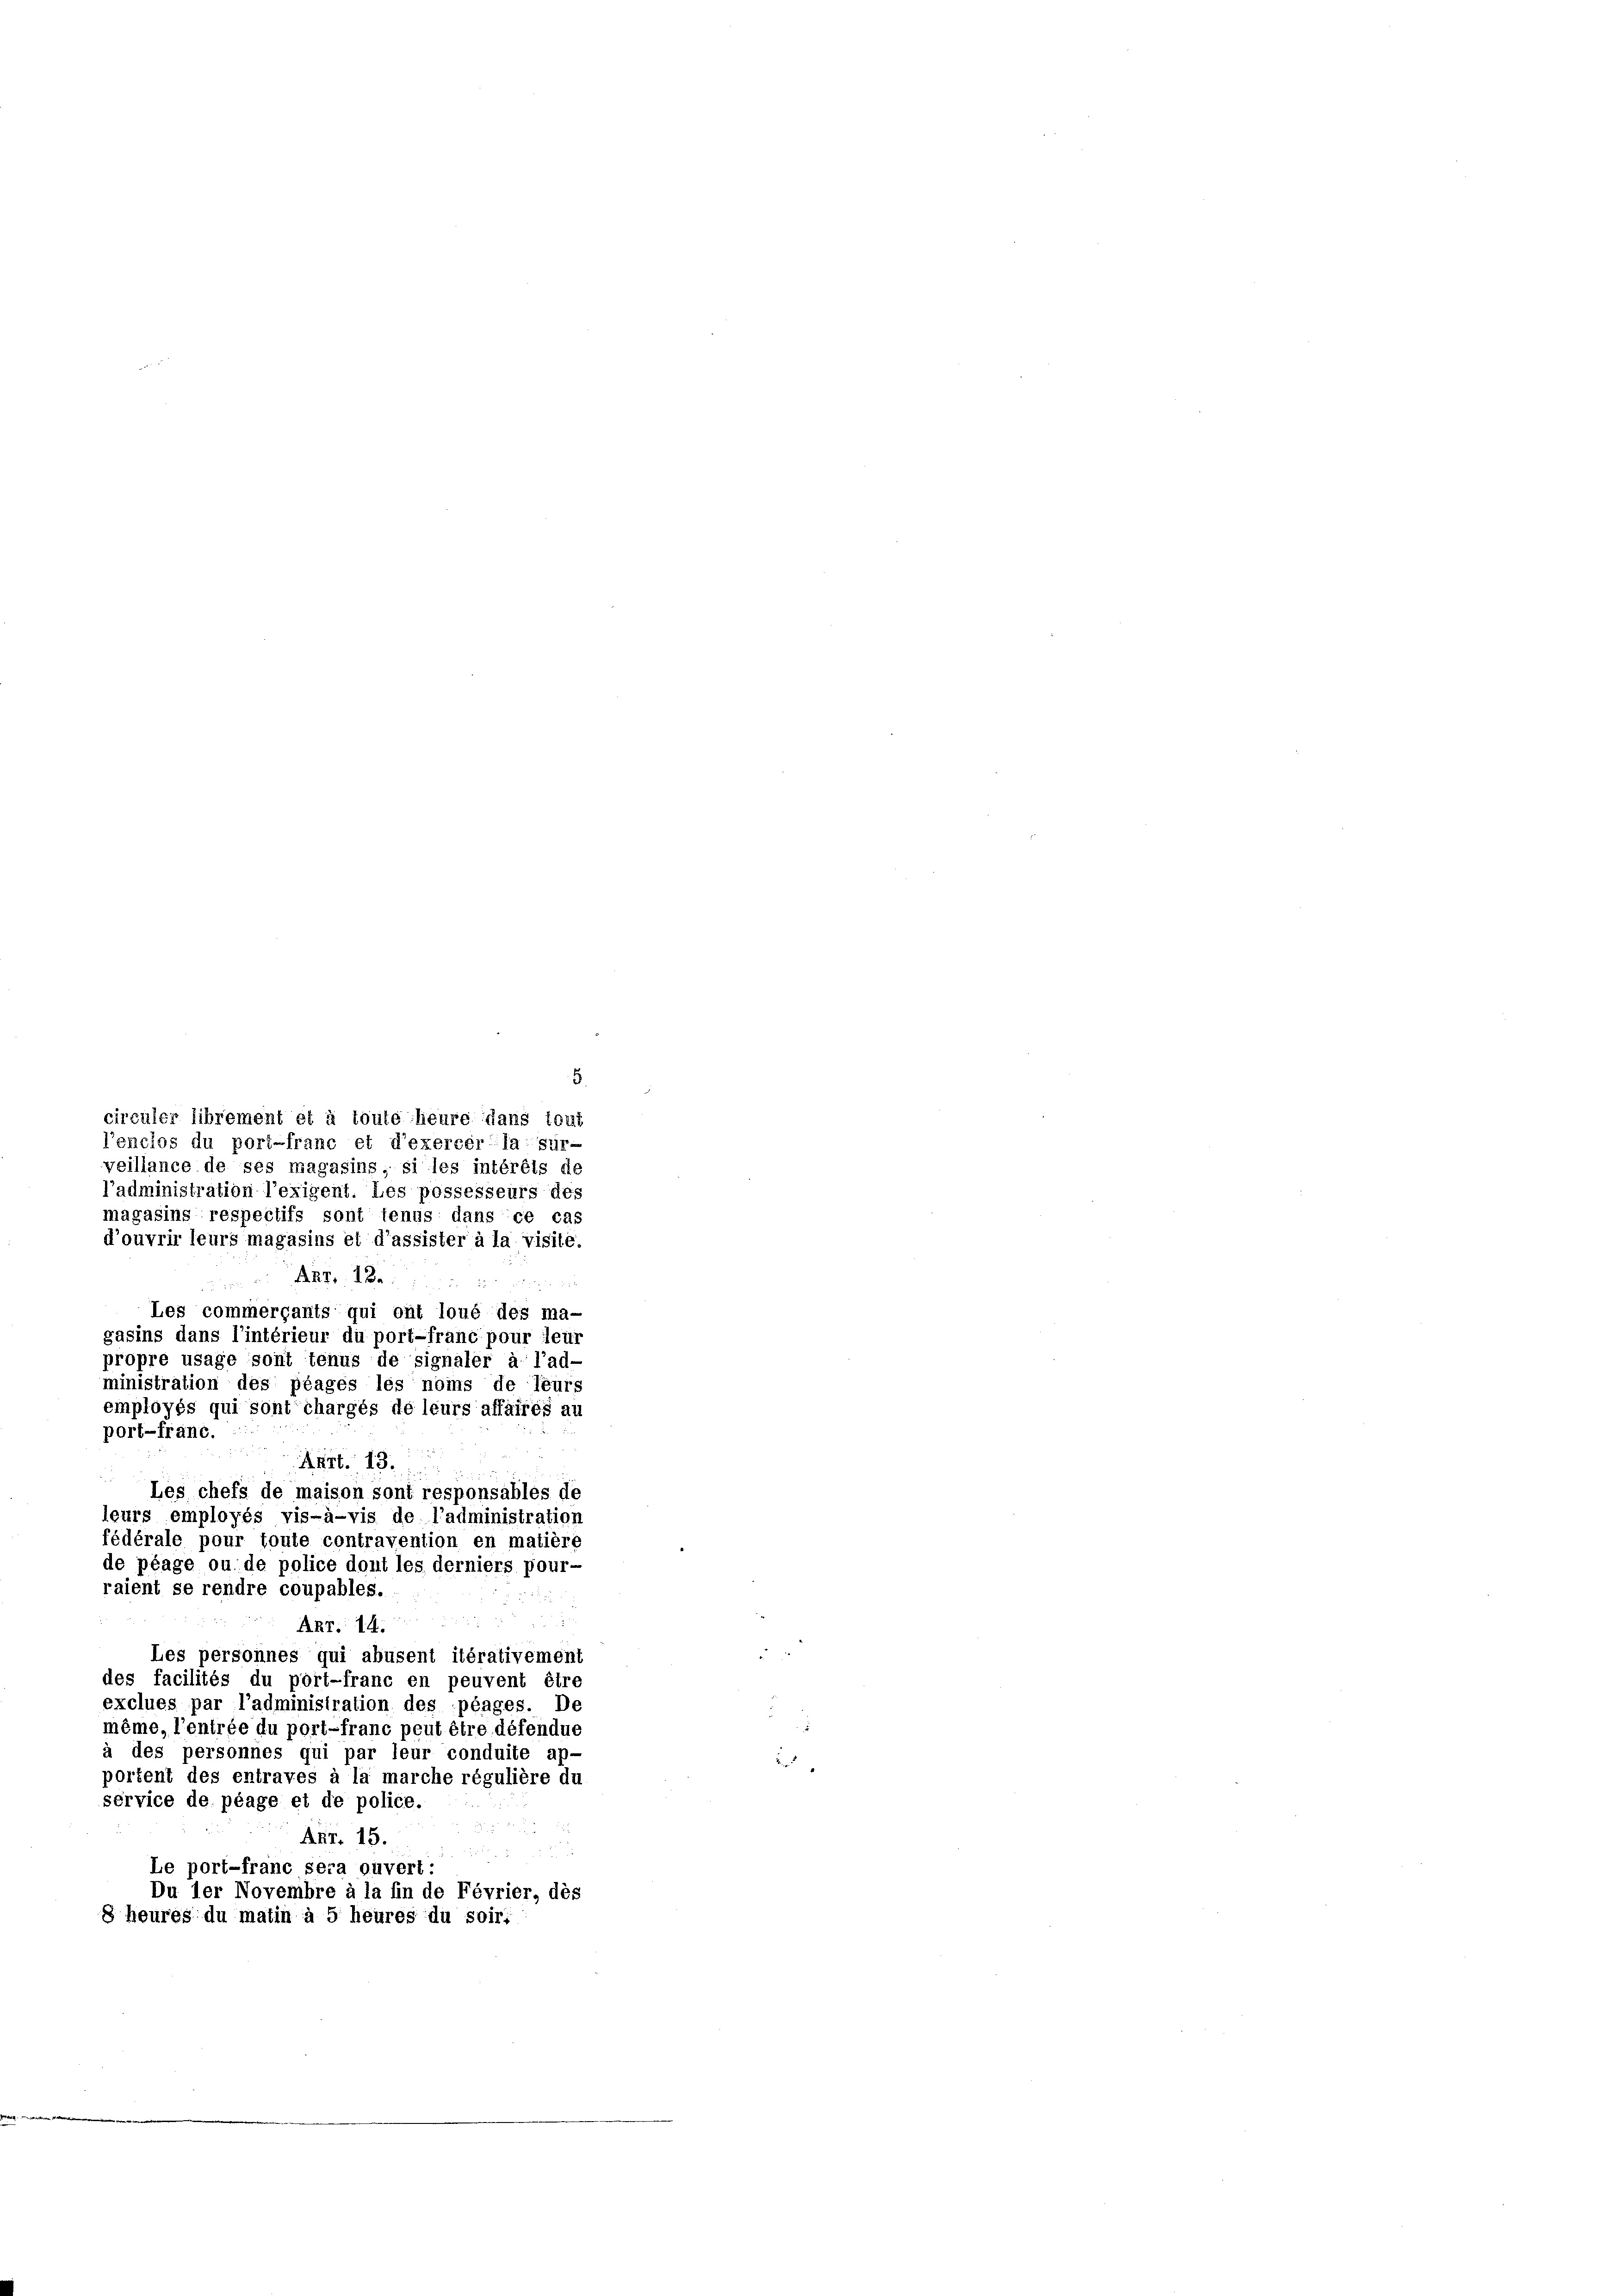
5
circuler librement et à toute heure dans tout
l’enclos du port-franc et d’exercer la sur-
veillance de ses magasins, si les intérêts de
l’administration l’exigent. Les possesseurs des
magasins respectifs sont tenus dans ce cas
d’ouvrir leurs magasins et d’assister à la visite.
Akt. 12.
      24 x
d
Les commergants qui ont loué des ma-
gasins dans l’intérieur du port-franc pour leur
propre usage sont tenus de signaler à l’ad-
ministration des plages les noms de leurs
employés qui sont chargés de leurs affaires au
port-fränc.
 Br 22
Aart. 18.
u
Les chefs de maison sont responsables de
leurs employés vis-à-vis de l’administration
fédérale pour toute contravention en matière
de plage ou de police dont les derniers pour-
raient se rendre coupables.
Anr. 14.
Les personnes qui abusent itérativement
des facilités du port-franc en peuvent être
exclues par l’administration des plages. De
même, l’entrée du port-franc peut être défendue
à des personnes qui par leur conduite ap-
portent des entraves à la marche régulière du
service de plage et de police.
Anr. 15.
Le port-franc sera ouvert:
Du ler Novembre à la fin de Février, des
8 heures du matin à 5 heures du soir: